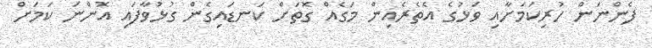
ފެންނަން ހުރިކަމަށާއި ވަޅުގެ އެތެރެއިން މަގެއް ގޮތަށް ކަނޑައިގެން ގުޅުވާފައި އޮންނަ ކަމަށް